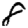
Digit: 8